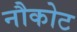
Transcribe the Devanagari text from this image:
नौकोट